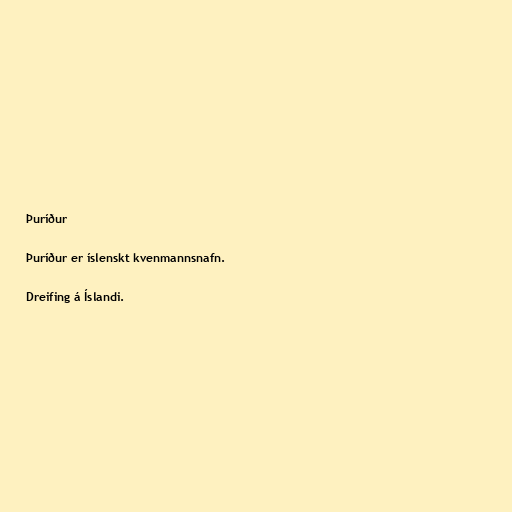
Þuríður

Þuríður er íslenskt kvenmannsnafn.

Dreifing á Íslandi.